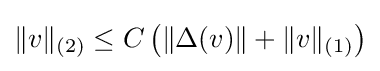
\|v\|_{(2)}\leq C\left(\|\Delta (v)\|+\|v\|_{(1)}\right)